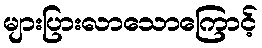
များပြားလာသောကြောင့်